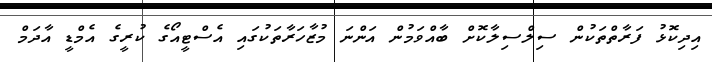
އިދިކޮޅު ފަރާތްތަކުން ސިލްސިލާކޮށް ބާއްވަމުން އަންނަ މުޒާހަރާތަކުގައި އެސްޓީއޯގެ ކުރީގެ އެމްޑީ އާދަމް